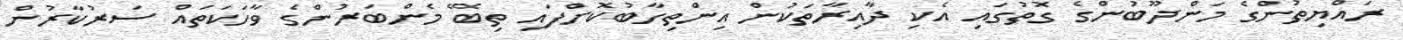
ރައްޔިތުންގެ މަންދޫބުންގެ ގޮތުގައި އެކި ދާއިރާތަކުން އިންތިހާބުކޮށްފައި ތިބޭ މެންބަރުންގެ ވާހަކަތައް ސަރުކާރުން